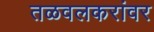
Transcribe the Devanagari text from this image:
तळवलकरांवर